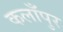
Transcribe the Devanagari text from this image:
कलाँपुर